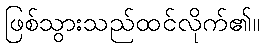
ဖြစ်သွားသည်ထင်လိုက်၏။